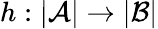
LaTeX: h:|{\mathcal{A}}|\rightarrow|{\mathcal{B}}|